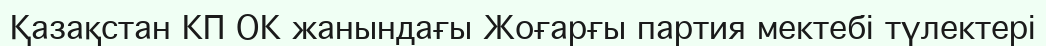
Қазақстан КП ОК жанындағы Жоғарғы партия мектебі түлектері